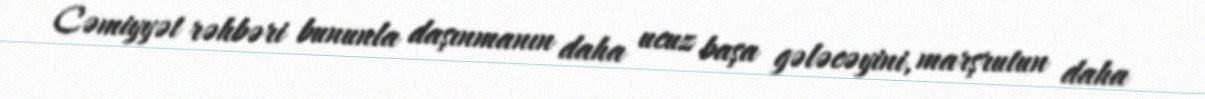
Cəmiyyət rəhbəri bununla daşınmanın daha ucuz başa gələcəyini, marşrutun daha